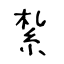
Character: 紮